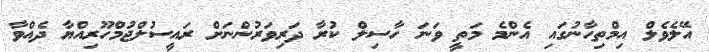
އޭލެވެލް އިމްތިހާނުގައި އެންމެ މަތީ ވަނަ ހާސިލް ކުރާ ދަރިވަރުންނަށް ރައީސުލްޖުމްހޫރިއްޔާ ދެއްވާ